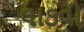
લાડવી